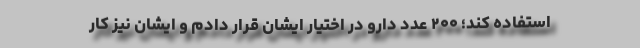
استفاده کند؛ ۲۰۰ عدد دارو در اختیار ایشان قرار دادم و ایشان نیز کار